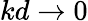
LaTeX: kd\to 0